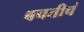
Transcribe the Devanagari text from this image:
बचतीचं